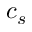
c _ { s }